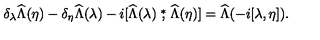
\delta _ { \lambda } \widehat \Lambda ( \eta ) - \delta _ { \eta } \widehat \Lambda ( \lambda ) - i [ \widehat \Lambda ( \lambda ) \stackrel { * } { , } \widehat \Lambda ( \eta ) ] = \widehat \Lambda ( - i [ \lambda , \eta ] ) .